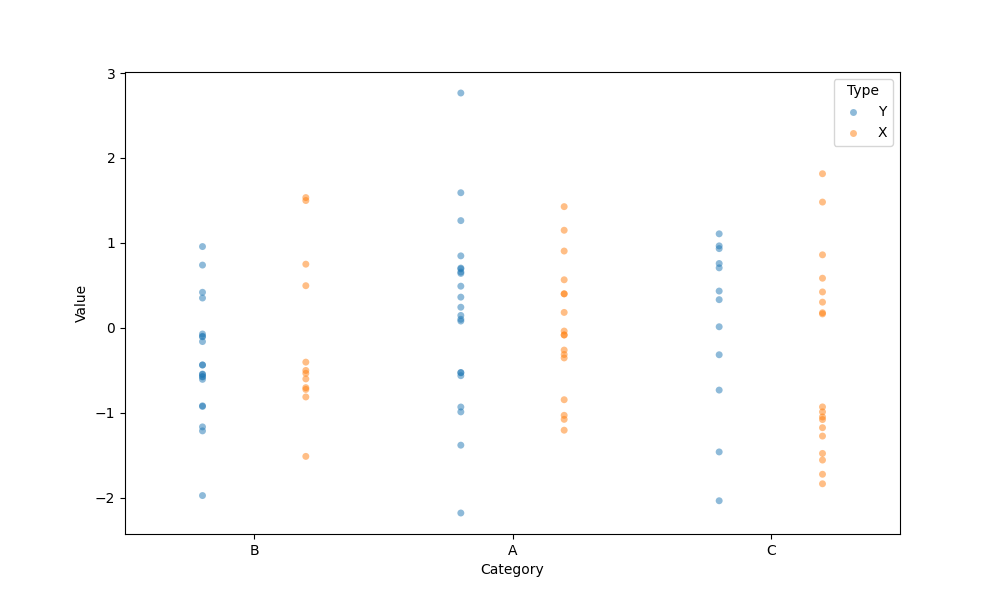
python, seaborn, stripplot, jitter=False, dodge=True, alpha=0.5, size=5